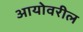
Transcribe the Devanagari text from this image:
आयोवरील